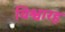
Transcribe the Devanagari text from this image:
विश्वारह